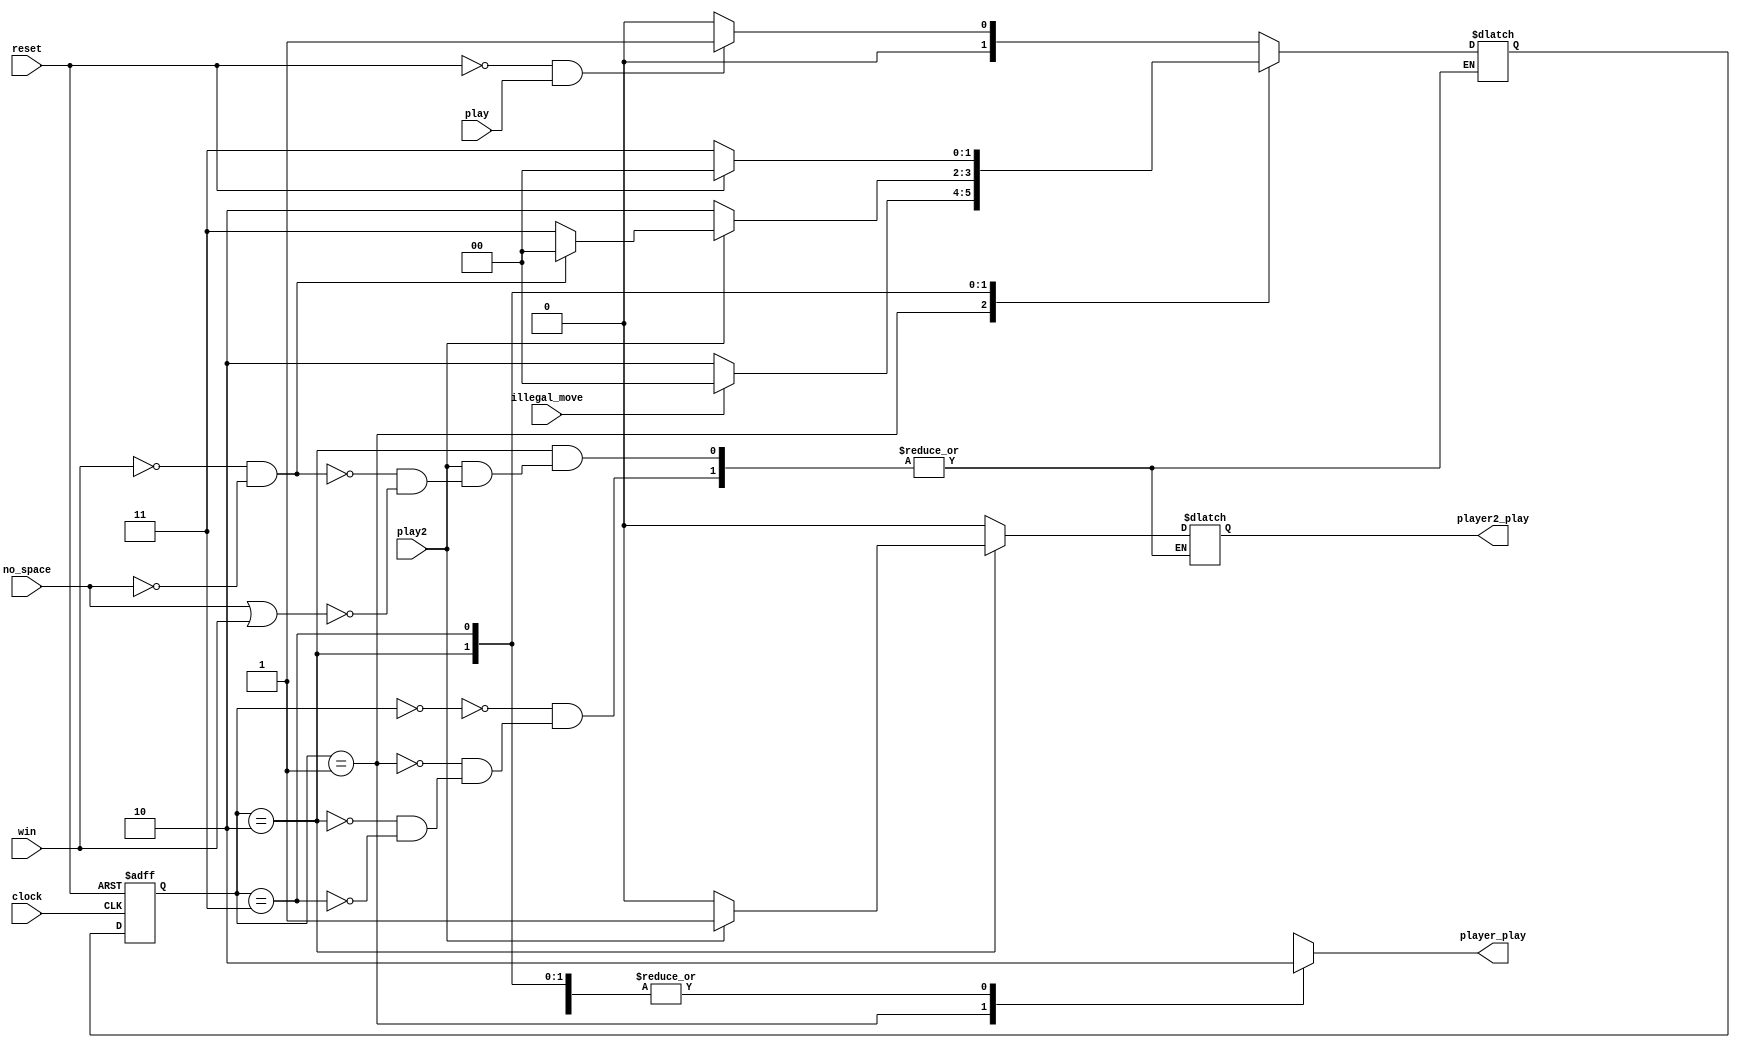
`timescale 1ns / 1ps
//////////////////////////////////////////////////////////////////////////////////
// Company: 
// Engineer: 
// 
// Design Name: 
// Module Name:    fsm_controller 
// Project Name: 
// Target Devices: 
// Tool versions: 
// Description: 
//
// Dependencies: 
//
// Revision: 
// Revision 0.01 - File Created
// Additional Comments: 
//
//////////////////////////////////////////////////////////////////////////////////
module fsm_controller(
   input clock,// clock of the circuit 
     input reset,// reset 
     input play, // player plays 
     input play2,// PLAYER2 plays 
     input illegal_move,// illegal move detected 
     input no_space, // no_space detected 
     input win, // winner detected 
     output reg player2_play, // enable PLAYER2 to play 
     output reg player_play // enable player to play 
      );

// FSM States 
parameter IDLE=2'b00;
parameter PLAYER=2'b01;
parameter PLAYER2=2'b10;
parameter GAME_DONE=2'b11;

reg[1:0] current_state, next_state;

// current state registers 
always @(posedge clock or posedge reset) 
begin 
 if(reset)
  current_state <= IDLE;
 else 
  current_state <= next_state;
end 
 // next state 
always @(*)
 begin
 case(current_state)
 IDLE: begin 
  if(reset==1'b0 && play == 1'b1)
   next_state <= PLAYER; // player to play 
  else 
   next_state <= IDLE;
  player_play <= 1'b0;
  player2_play <= 1'b0;
 end 
 PLAYER:begin 
  player_play <= 1'b1;
  player2_play <= 1'b0;
  if(illegal_move==1'b0)
   next_state <= PLAYER2; // PLAYER2 to play 
  else 
   next_state <= IDLE;
 end 
 PLAYER2:begin 
  player_play <= 1'b0;
  if(play2==1'b0) begin 
   next_state <= PLAYER2;
   player2_play <= 1'b0;
  end
  else if(win==1'b0 && no_space == 1'b0)
  begin 
   next_state <= IDLE;
   player2_play <= 1'b1;// PLAYER2 to play when play2=1
  end 
  else if(no_space == 1 || win ==1'b1)
  begin 
   next_state <= GAME_DONE; // game done 
   player2_play <= 1'b1;// PLAYER2 to play when play2=1
  end  
 end 
 GAME_DONE:begin // game done
  player_play <= 1'b0;
  player2_play <= 1'b0; 
  if(reset==1'b1) 
   next_state <= IDLE;// reset the game to IDLE 
  else 
   next_state <= GAME_DONE;  
 end 
 default: next_state <= IDLE; 
 endcase
 end
endmodule